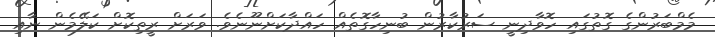
މެމްބަރުންގެ ގޮތުގައި ހޮވާދިނީ ސަރުކާރުން ބުނިހާގޮތެއް ހައްދާކަށްނޫނެވެ. ވަރަށް ރީތިކޮށް ކަލޭމެން ނާއި